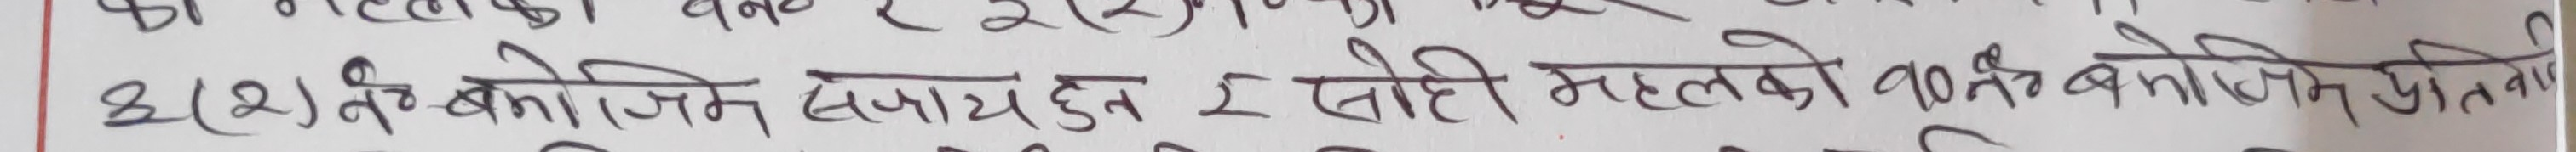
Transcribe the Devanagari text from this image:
छ (२) बनि जिक सजाय हुन १ सोही महलको नवीनतम प्रतिवा